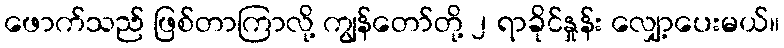
ဖောက်သည် ဖြစ်တာကြာလို့ ကျွန်တော်တို့ ၂ ရာခိုင်နှုန်း လျှော့ပေးမယ်။